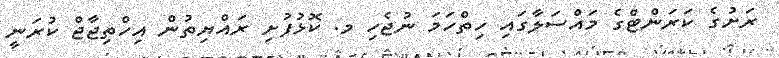
ރަށުގެ ކަރަންޓްގެ މައްސަލާގައި ހިތްހަމަ ނުޖެހި މ. ކޮޅުފުށި ރައްޔިތުން އިހްތިޖާޖް ކުރަނީ